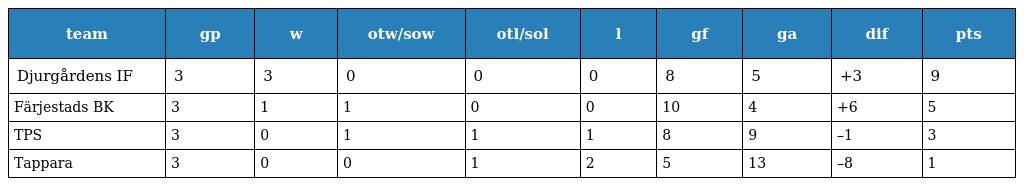
| team | gp | w | otw/sow | otl/sol | l | gf | ga | dif | pts |
 | --- | --- | --- | --- | --- | --- | --- | --- | --- | --- |
 | Djurgårdens IF | 3 | 3 | 0 | 0 | 0 | 8 | 5 | +3 | 9 |
 | Färjestads BK | 3 | 1 | 1 | 0 | 0 | 10 | 4 | +6 | 5 |
 | TPS | 3 | 0 | 1 | 1 | 1 | 8 | 9 | –1 | 3 |
 | Tappara | 3 | 0 | 0 | 1 | 2 | 5 | 13 | –8 | 1 |